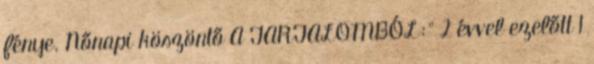
fénye. Nőnapi köszöntő A TARTALOMBÓL:" 2 évvel ezelőtt 1